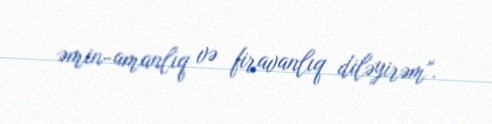
əmin-amanlıq və firavanlıq diləyirəm".